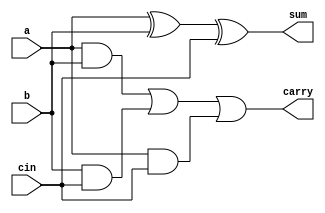
//Verilog Code for 1 Bit Full-adder
module full_adder_1bit(a,b,cin,sum,carry);
input a,b,cin;
output sum,carry;

assign sum=a^b^cin;
assign carry=(a&b)|(b&cin)|(a&cin);

endmodule